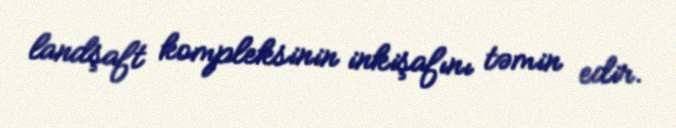
landşaft kompleksinin inkişafını təmin edir.